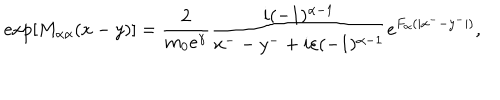
\mathrm { e x p } [ M _ { { \alpha } { \alpha } } ( x - y ) ] = \frac { 2 } { m _ { 0 } e ^ { \gamma } } \frac { i ( - 1 ) ^ { { \alpha } - 1 } } { x ^ { -- } y ^ { - } + i { \varepsilon } ( - 1 ) ^ { { \alpha } - 1 } } e ^ { F _ { \alpha } ( | x ^ { -- } y ^ { - } | ) } ,